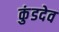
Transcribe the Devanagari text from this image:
कुंडदेव